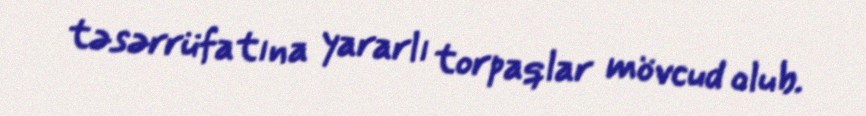
təsərrüfatına yararlı torpaqlar mövcud olub.